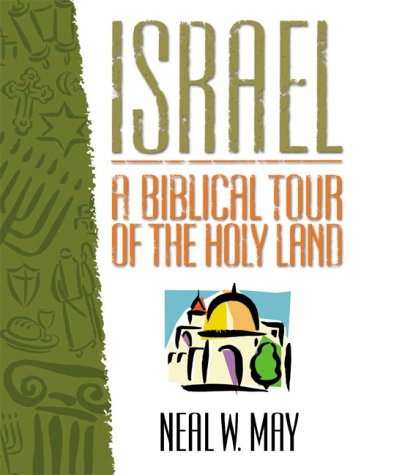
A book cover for Israel: A Biblical Tour of the Holy Land; Neal W. May; Travel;